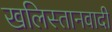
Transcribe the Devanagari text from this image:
खलिस्तानवादी